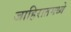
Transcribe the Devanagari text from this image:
जाहिरातमध्ये